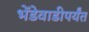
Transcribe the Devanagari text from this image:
भेंडेवाडीपर्यंत